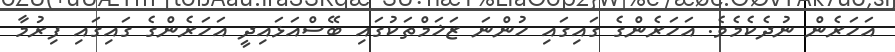
އަހަރެން ނުދެކެމެވެ. އަހަރެންގެ ގައިގައި ހުންނަ ޒަޚަމްތަކުގައި ބޭސްއަޅައިދީ އަހަރެންގެ ގައިގައި ފިރުމާ